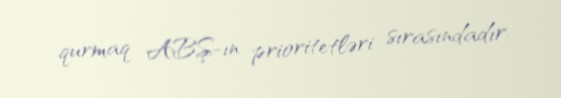
qurmaq ABŞ-ın prioritetləri sırasındadır.